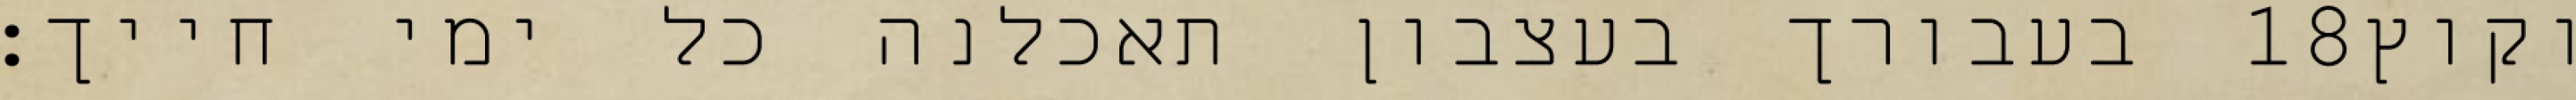
בעבורך בעצבון תאכלנה כל ימי חייך׃ ‎18‏ וקוץ